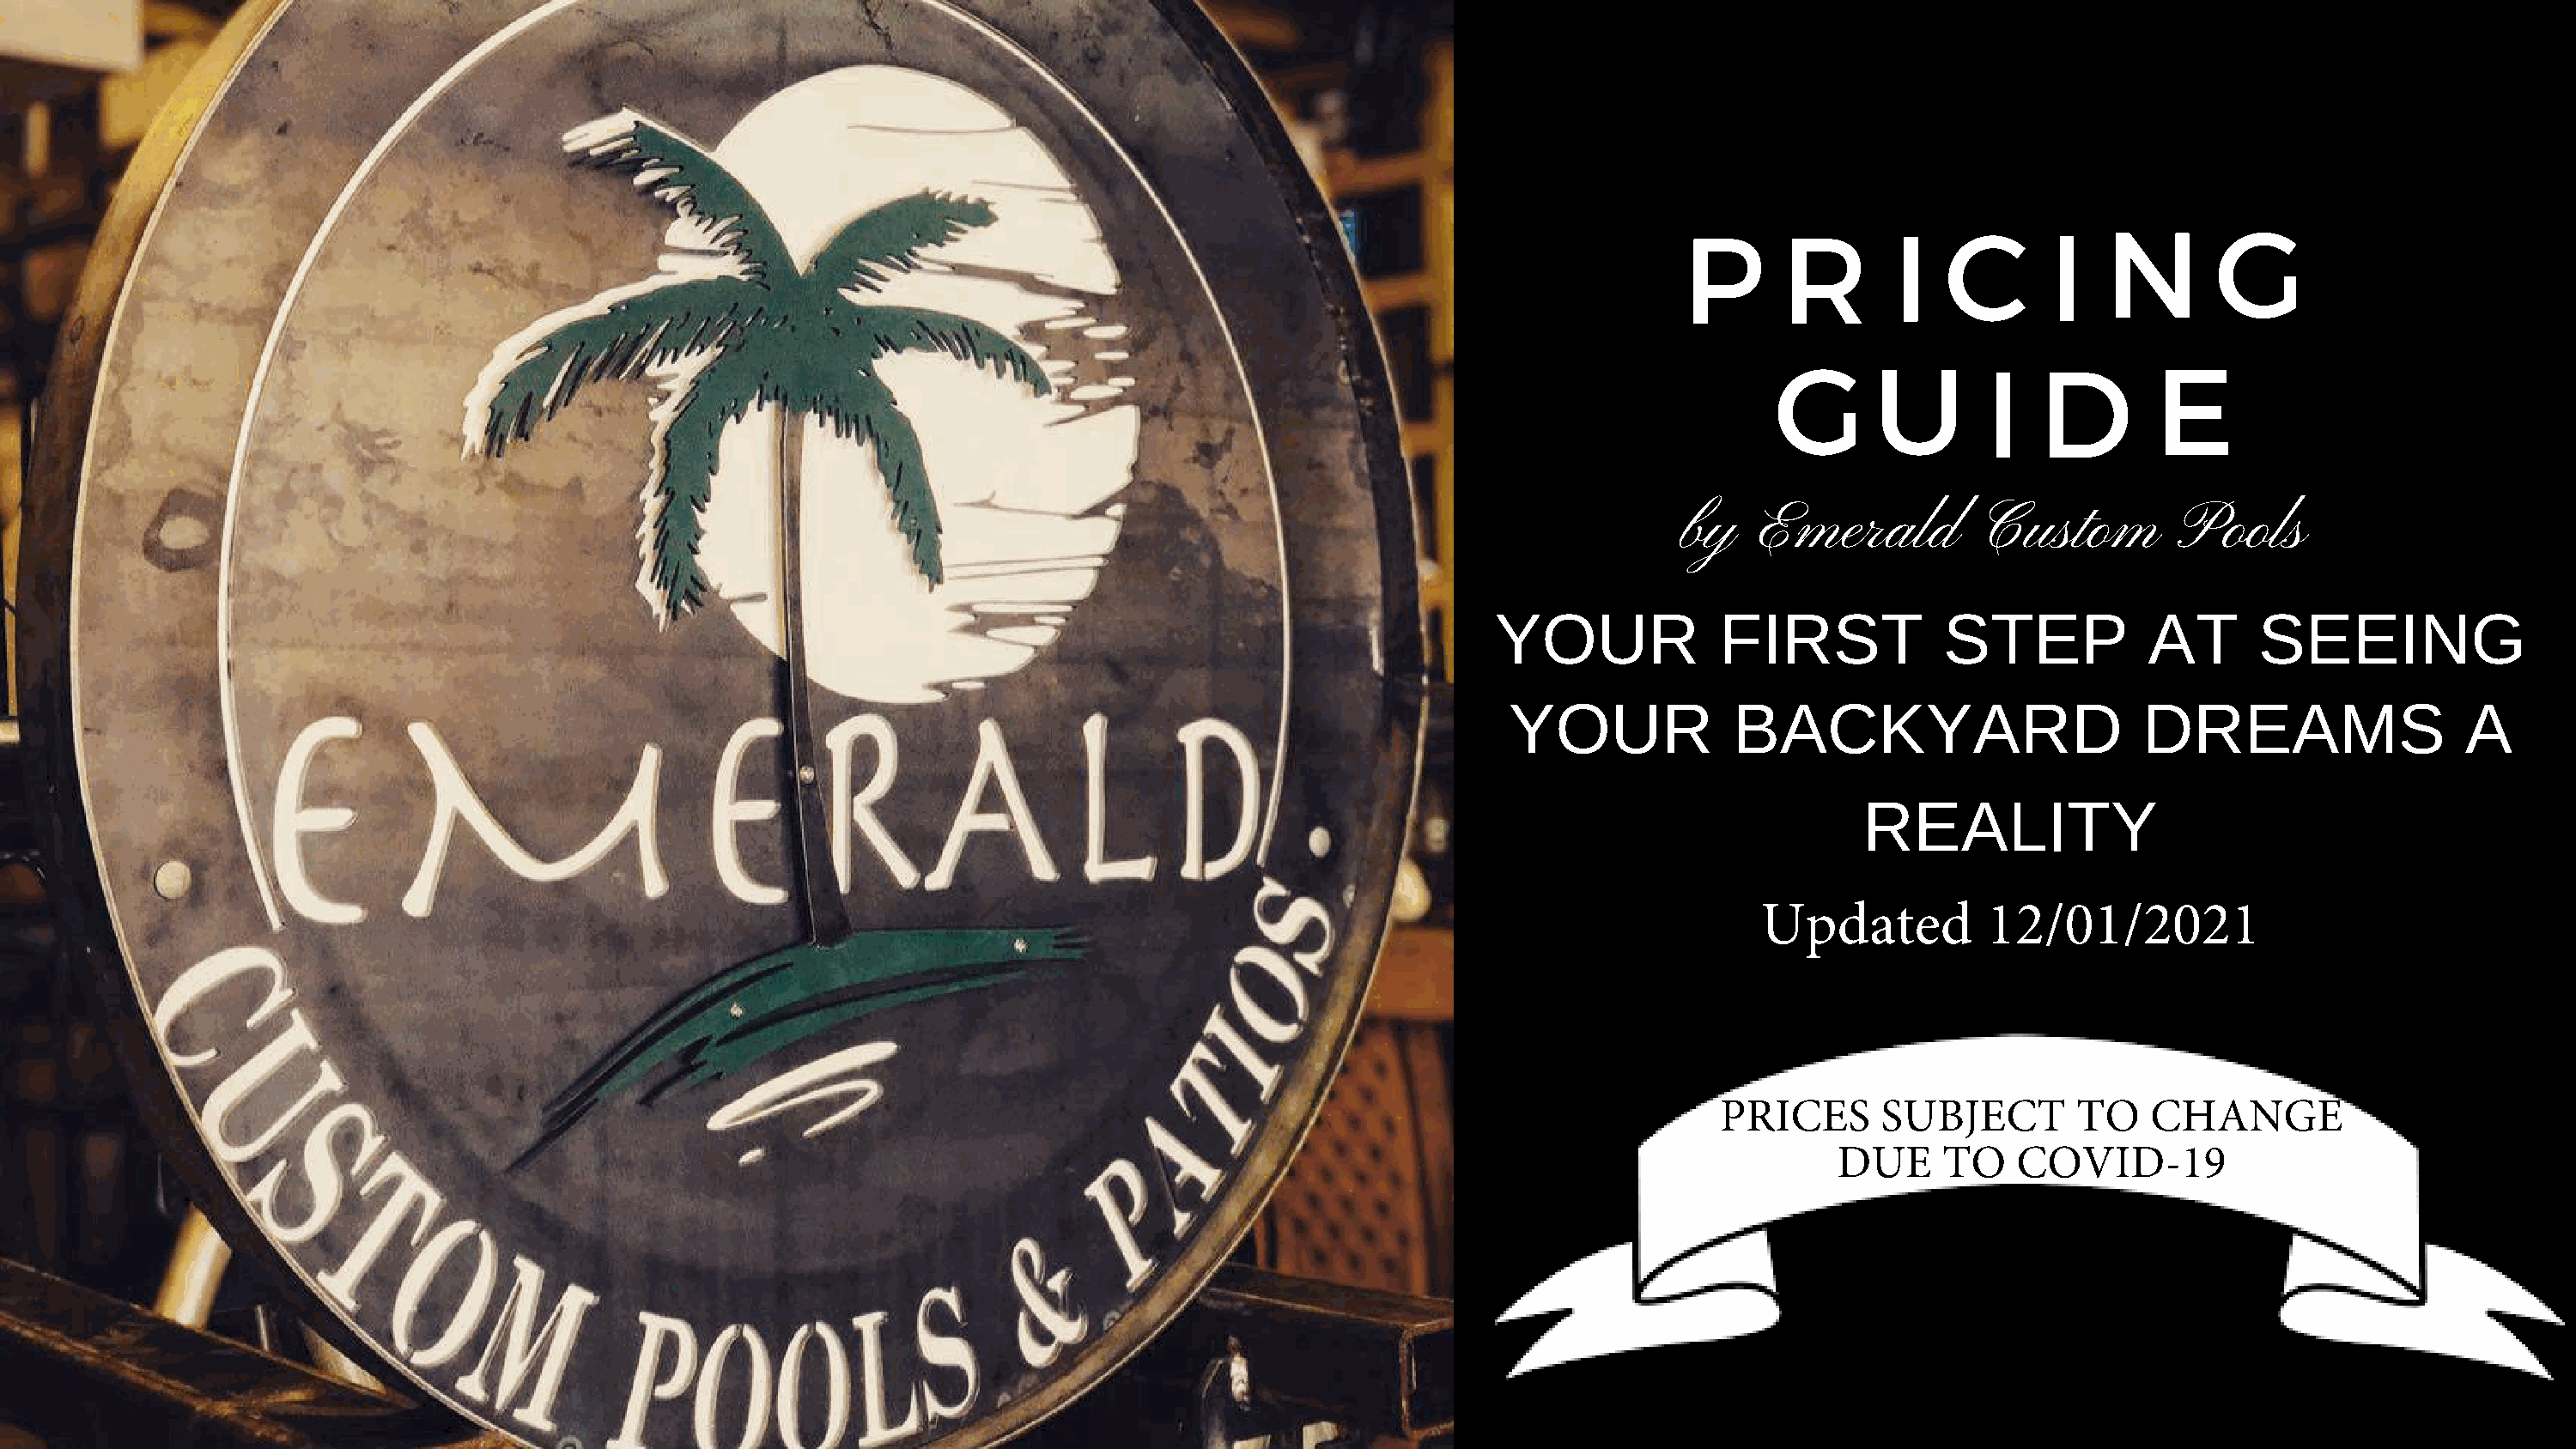
P      R        I   C       I   N        G
 G      U        I   D        E
 by    Emerald          Custom         Pools
 YOUR              FIRST            STEP            AT      SEEING
 YOUR              BACKYARD                       DREAMS                   A
 REALITY
 Updated          12/01/2021
 PRICES      SUBJECT        TO    CHANGE
 DUE     TO   COVID-19